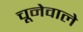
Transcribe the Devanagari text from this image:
चूनेवाले